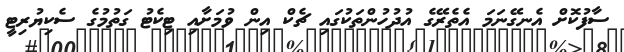
ސާފުކޮށް އެނގޭނަމަ އެތެރޭގެ އުދުހުންތަކުގައި ޗެކް އިން ވުމަށާއި ޓިކެޓު ގަތުމުގެ ސެކިޔުރިޓީ